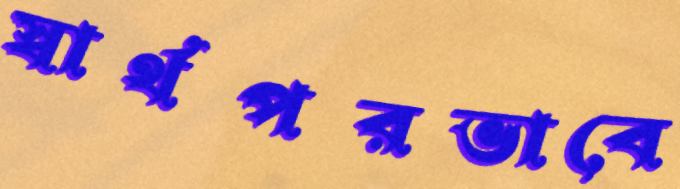
স্বার্থপরভাবে